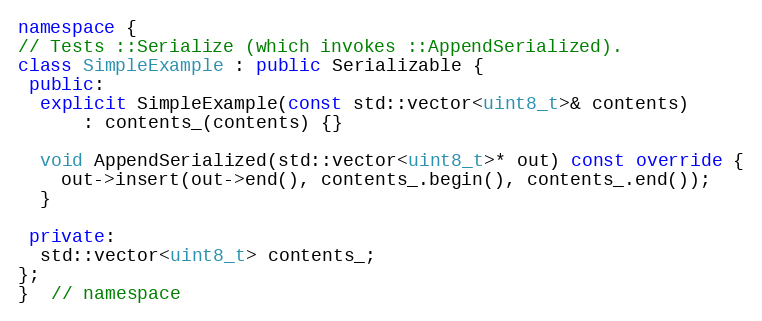
Language: C++
namespace {
// Tests ::Serialize (which invokes ::AppendSerialized).
class SimpleExample : public Serializable {
 public:
  explicit SimpleExample(const std::vector<uint8_t>& contents)
      : contents_(contents) {}

  void AppendSerialized(std::vector<uint8_t>* out) const override {
    out->insert(out->end(), contents_.begin(), contents_.end());
  }

 private:
  std::vector<uint8_t> contents_;
};
}  // namespace